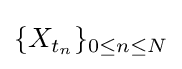
\{X_{t_{n}}\}_{0\leq n\leq N}